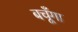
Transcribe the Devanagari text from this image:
बचूँगा